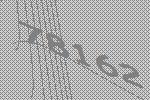
78162